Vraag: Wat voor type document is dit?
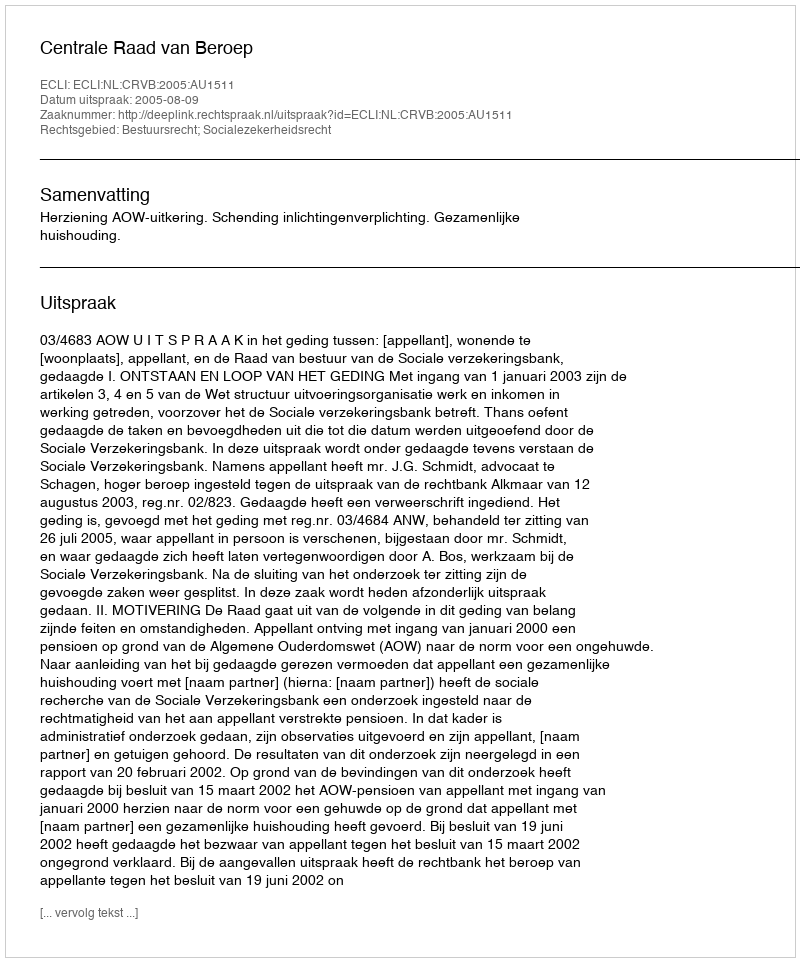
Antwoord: Uitspraak